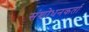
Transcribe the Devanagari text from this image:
संशोधनकर्ता